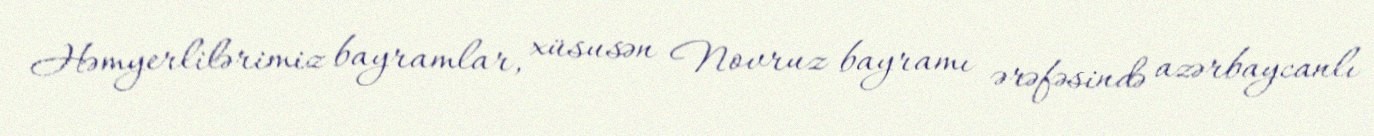
Həmyerlilərimiz bayramlar, xüsusən Novruz bayramı ərəfəsində azərbaycanlı